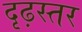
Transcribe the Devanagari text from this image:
दृढ़स्तर